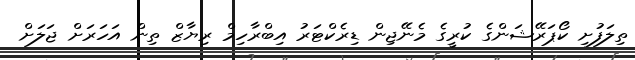
ތިލަފުށި ކޯޕަރޭޝަންގެ ކުރީގެ މެނޭޖިން ޑިރެކްޓަރު އިބްރާހިމް ރިޔާޒް ތިން އަހަރަށް ޖަލަށް